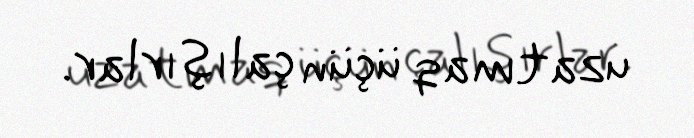
uzatmaq üçün çalışırlar.